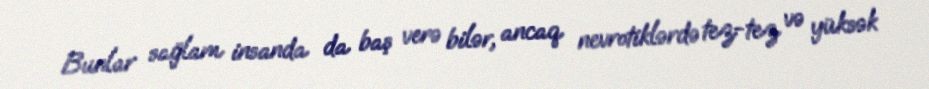
Bunlar sağlam insanda da baş verə bilər, ancaq nevrotiklərdə tez-tez və yüksək